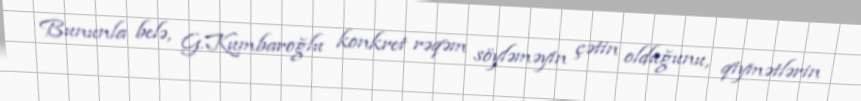
Bununla belə, G.Kumbaroğlu konkret rəqəm söyləməyin çətin olduğunu, qiymətlərin